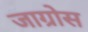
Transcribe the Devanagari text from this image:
जाग्रोस